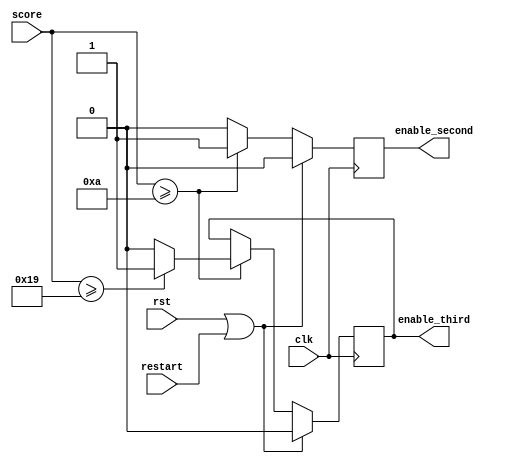
`timescale 1ns / 1ps
//////////////////////////////////////////////////////////////////////////////////
// Company: 
// Engineer: 
// 
// Design Name: 
// Module Name: bag_enable
// Project Name: 
// Target Devices: 
// Tool Versions: 
// Description: 
// 
// Dependencies: 
// 
// Revision:
// Revision 0.01 - File Created
// Additional Comments:
// 
//////////////////////////////////////////////////////////////////////////////////


module bag_enable(
    input wire clk,
    input wire rst,
    input wire [7:0] score,
    input wire restart,
    
    output reg enable_second,
    output reg enable_third
    );
    
    reg enable_second_nxt, enable_third_nxt;
    
    always @(posedge clk) begin
        if(rst || restart) begin
            enable_second   <= 0;
            enable_third    <= 0;
        end
        else begin
            enable_second   <= enable_second_nxt;
            enable_third    <= enable_third_nxt;
        end
    end
    
    always @* begin
        enable_second_nxt = enable_second;
        enable_third_nxt = enable_third;
        if(score >= 10) begin
            enable_second_nxt = 1;
            if(score >= 25) 
                enable_third_nxt = 1;
            else enable_third_nxt = 0;
        end
        else enable_second_nxt = 0;
     end
            
endmodule